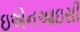
ઇએનઆઇસી